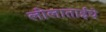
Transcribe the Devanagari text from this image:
लीलाताईंचे